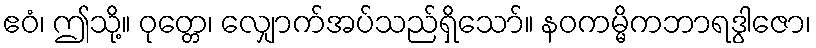
ဧဝံ၊ ဤသို့။ ဝုတ္တေ၊ လျှောက်အပ်သည်ရှိသော်။ နဝကမ္မိကဘာရဒွါဇော၊